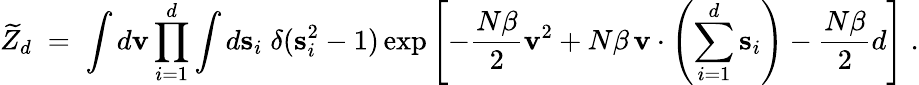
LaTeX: \widetilde{Z}_{d}\; =\; \int d{\mathbf v}\prod_{i=1}^{d}\int d{\mathbf s}_{i}\; \delta({\mathbf s}_{i}^{2}-1)\exp\left[-{\frac{N\beta}{2}}{\mathbf v}^{2}+N\beta\, {\mathbf v}\cdot\left(\sum_{i=1}^{d}{\mathbf s}_{i}\right)-{\frac{N\beta}{2}}d\right]\; .